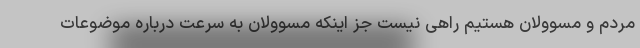
مردم و مسوولان هستیم راهی نیست جز اینکه مسوولان به سرعت درباره موضوعات